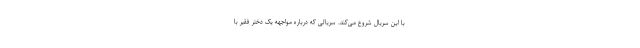
با این سریال شروع می‌کند. سریالی که درباره مواجهه یک دختر فقیر با